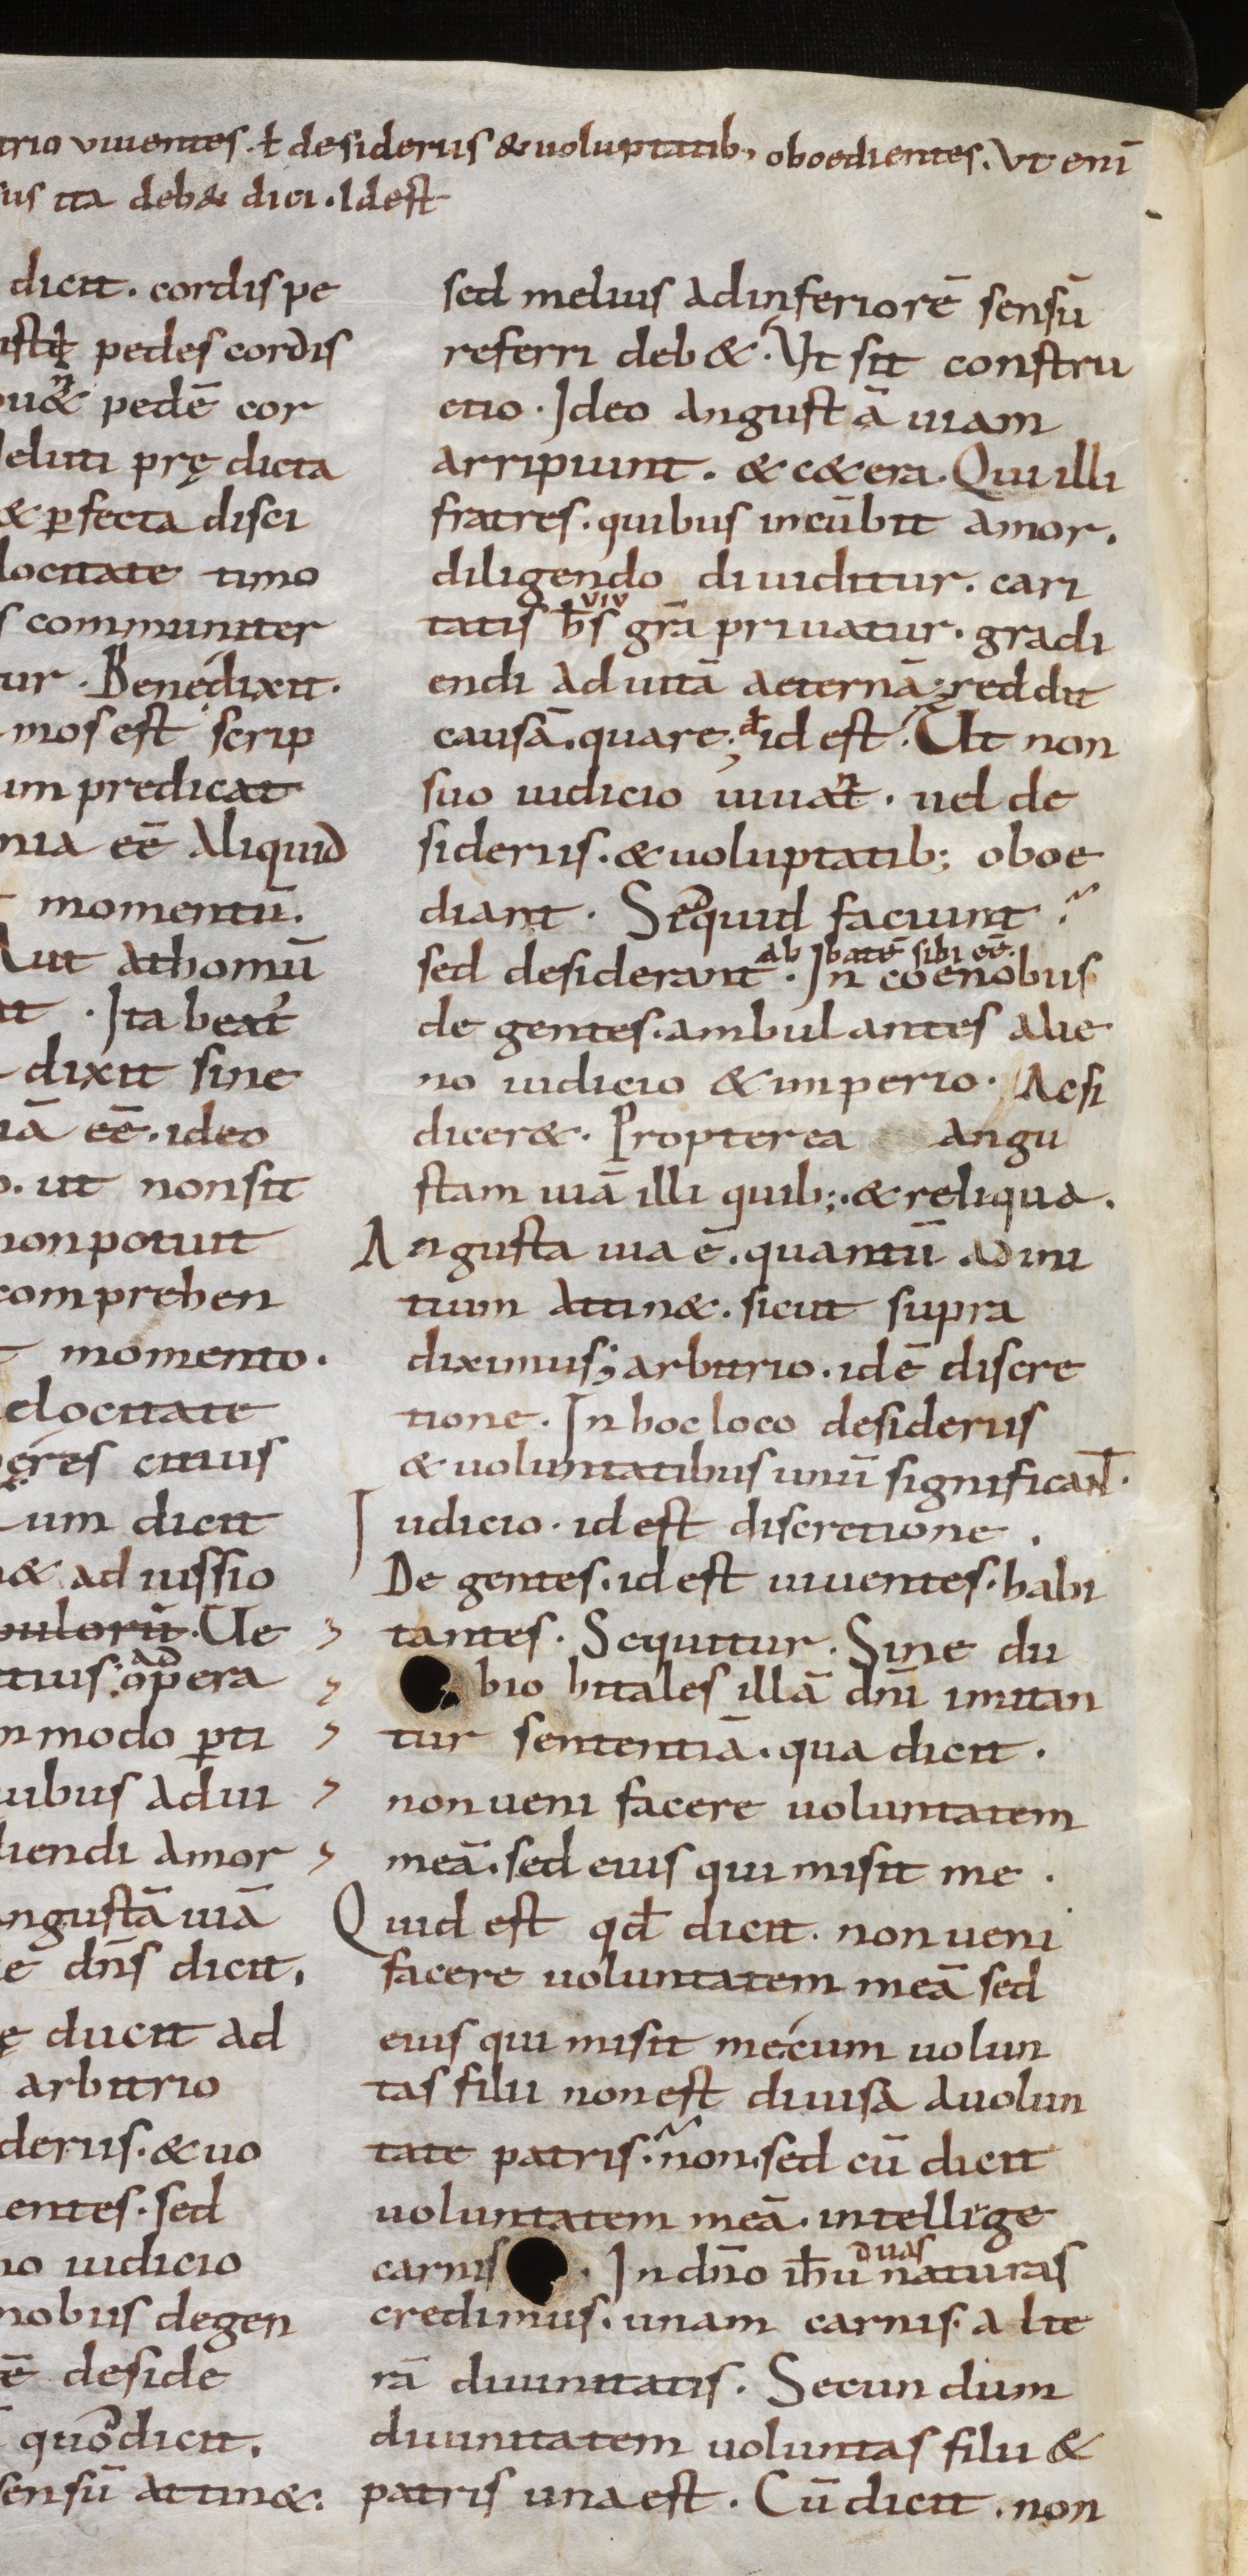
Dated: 800–999